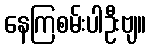
နေကြစမ်းပါဦးဗျ။